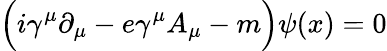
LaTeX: \Bigl(i\gamma^{\mu}\partial_{\mu}-e\gamma^{\mu}A_{\mu}-m\Bigr)\psi(x)=0